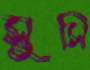
সুসি